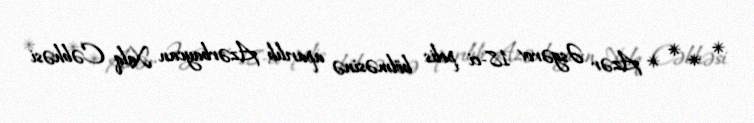
* * * * Azər Əsgərov 18-ci polis bölməsinə aparılıb Azərbaycan Xalq Cəbhəsi